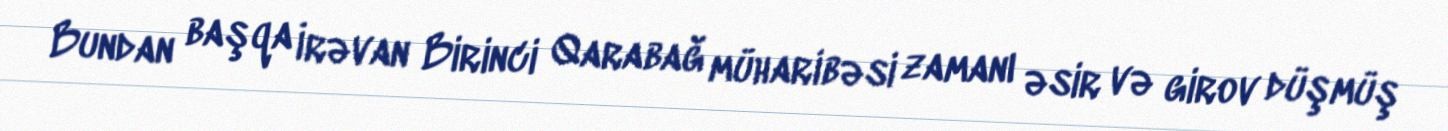
Bundan başqa İrəvan Birinci Qarabağ müharibəsi zamanı əsir və girov düşmüş